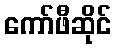
ကော်ဖီဆိုင်